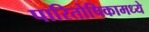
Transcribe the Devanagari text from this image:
पारितोषिकामध्ये